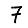
Digit: 7